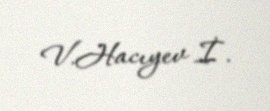
V.Hacıyev İ.